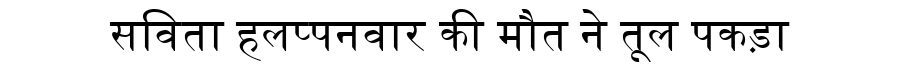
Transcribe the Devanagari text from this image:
सविता हलप्पनवार की मौत ने तूल पकड़ा